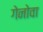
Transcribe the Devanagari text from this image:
गेनोवा